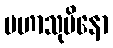
မဟာသုပိနော